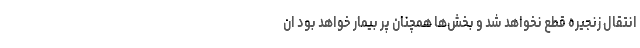
انتقال زنجیره قطع نخواهد شد و بخش‌ها همچنان پر بیمار خواهد بود ان